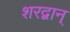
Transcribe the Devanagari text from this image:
शरद्वान्‌